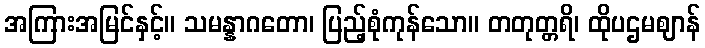
အကြားအမြင်နှင့်။ သမန္နာဂတော၊ ပြည့်စုံကုန်သော။ တတုတ္တရိ၊ ထိုပဌမဈာန်